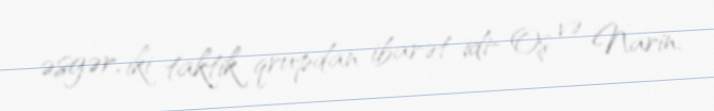
əsgər, iki taktik qrupdan ibarət idi- Oş və Narin.